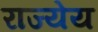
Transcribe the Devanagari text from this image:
राज्येय